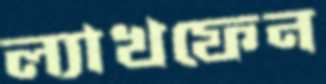
ল্যাখফেন